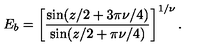
E _ { b } = \left[ \frac { \sin ( z / 2 + 3 \pi \nu / 4 ) } { \sin ( z / 2 + \pi \nu / 4 ) } \right] ^ { 1 / \nu } .